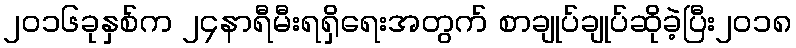
၂၀၁၆ခုနှစ်က ၂၄နာရီမီးရရှိရေးအတွက် စာချုပ်ချုပ်ဆိုခဲ့ပြီး၂၀၁၈